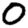
Digit: 0